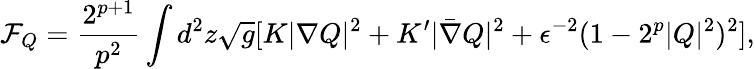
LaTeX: \mathcal F_{Q}=\frac{2^{p+1}}{p^{2}}\int d^{2}z\sqrt{g}[K|\nabla Q|^{2}+K^{\prime}|\bar{\nabla}Q|^{2}+\epsilon^{-2}(1-2^{p}|Q|^{2})^{2}],